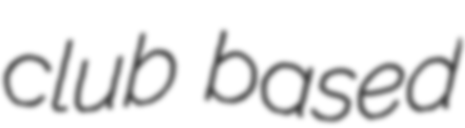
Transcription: club based